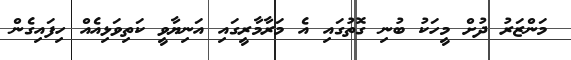
މަންޒަރު ދުށް މީހަކު ބުނި ގޮތުގައި އެ މަރާމާރީގައި އަނިޔާވީ ކަތިވަޅިއެއް ހިފައިގެން